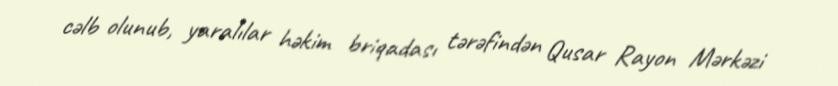
cəlb olunub, yaralılar həkim briqadası tərəfindən Qusar Rayon Mərkəzi